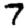
Digit: 7